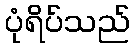
ပုံရိပ်သည်